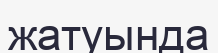
жатуында